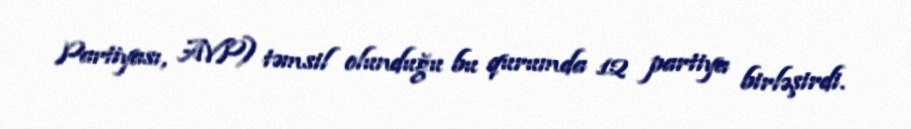
Partiyası, AVP) təmsil olunduğu bu qurumda 12 partiya birləşirdi.